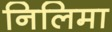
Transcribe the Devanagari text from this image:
निलिमा